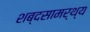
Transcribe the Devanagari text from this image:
शब्दसामर्थ्य